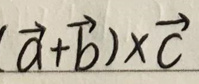
$(\vec{a}+\vec{b})\times\vec{c}$